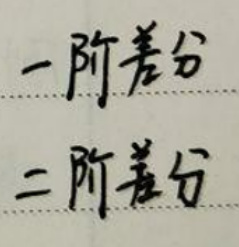
一阶差分
二阶差分